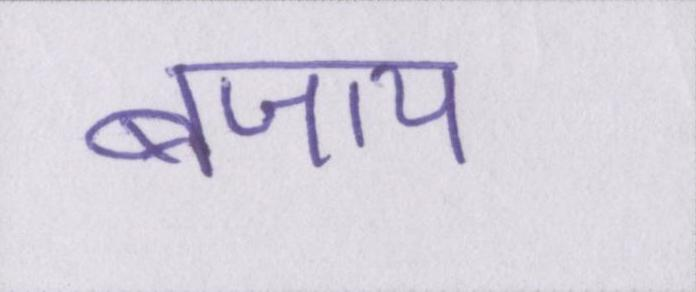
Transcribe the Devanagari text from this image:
बजाय